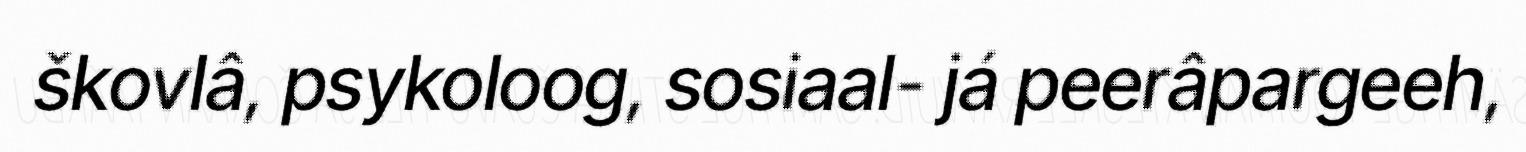
škovlâ, psykoloog, sosiaal- já peerâpargeeh,